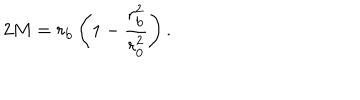
2 M = r _ { \mathrm { b } } \left( 1 - \frac { r _ { \mathrm { b } } ^ { 2 } } { r _ { 0 } ^ { 2 } } \right) .